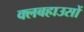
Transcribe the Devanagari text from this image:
क्लबहाउसों